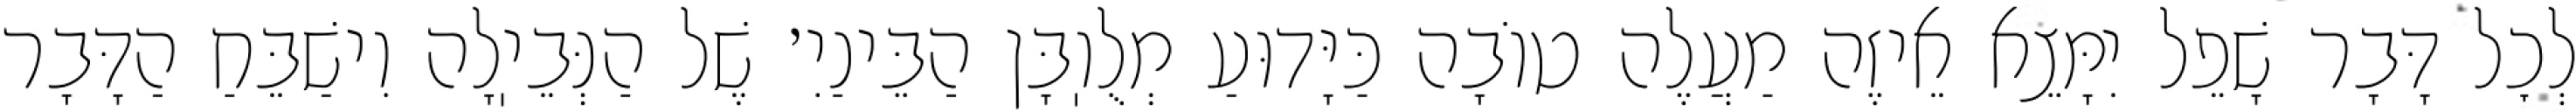
לְכׇל דָּבָר שָׁפֵל יִמָּצֵא אֵיזֶה מַעֲלֶה טוֹבָה כַּיָּדוּעַ מְלֻוֽבָּן הַבֵּינַיִ׳ שֶׁל הַנְּבֵיֽלָה וִישַׁבֵּחַ הַדָּבָר